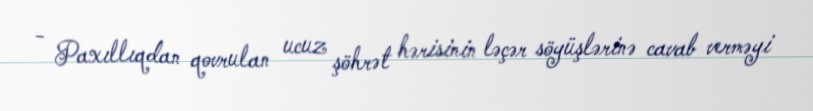
- Paxıllıqdan qovrulan ucuz şöhrət hərisinin ləçər söyüşlərinə cavab verməyi